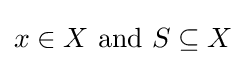
x\in X{\text{ and }}S\subseteq X